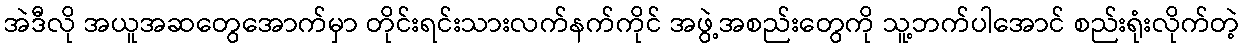
အဲဒီလို အယူအဆတွေအောက်မှာ တိုင်းရင်းသားလက်နက်ကိုင် အဖွဲ့အစည်းတွေကို သူ့ဘက်ပါအောင် စည်းရုံးလိုက်တဲ့